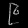
Digit: ၉